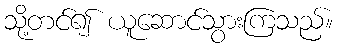
သို့တင်၍ ယူဆောင်သွားကြသည်။